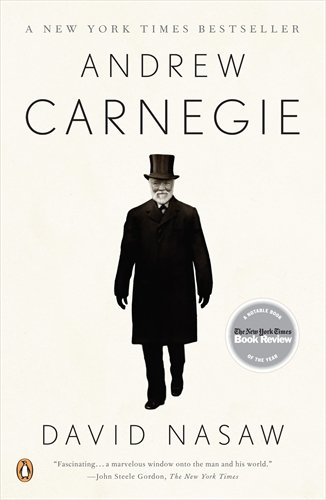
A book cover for Andrew Carnegie; David Nasaw; Business & Money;